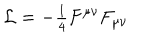
{ \cal L } = { \textstyle - \frac { 1 } { 4 } } F ^ { \mu \nu } F _ { \mu \nu }